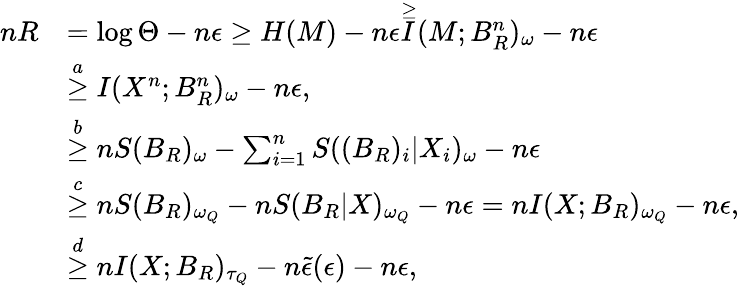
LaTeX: \begin{array}{rl}{nR}&{=\log\Theta-n\epsilon\geq H(M)-n\epsilon\overset{\geq}I(M;B_{{R}}^{n})_{\omega}-n\epsilon}\\ &{\overset{a}{\geq}I(X^{n};B_{{R}}^{n})_{\omega}-n\epsilon,}\\ &{\overset{b}{\geq}nS(B_{{R}})_{\omega}-\sum_{i=1}^{n}S((B_{{R}})_{i}|X_{i})_{\omega}-n\epsilon}\\ &{\overset{c}{\geq}nS(B_{{R}})_{\omega_{Q}}-nS(B_{{R}}|X)_{\omega_{Q}}-n\epsilon=nI(X;B_{{R}})_{\omega_{Q}}-n\epsilon,}\\ &{\overset{d}{\geq}nI(X;B_{{R}})_{\tau_{Q}}-n\tilde{\epsilon}(\epsilon)-n\epsilon,}\end{array}